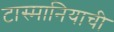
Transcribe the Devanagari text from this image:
टास्मानियाची